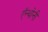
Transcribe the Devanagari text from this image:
ऍन्थोनी